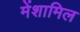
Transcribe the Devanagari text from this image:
मेंशामिल